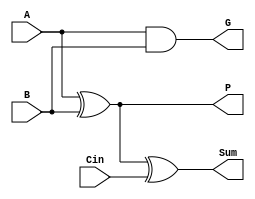
module full_adder_1bit_GP ( Sum, G, P, Cin, A, B );
   input  Cin, A, B;
   output Sum, G, P;

   assign P = A ^ B,

          Sum = P ^ Cin,
          G = A & B;

endmodule